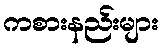
ကစားနည်းများ